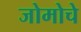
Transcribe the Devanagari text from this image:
जोमोचे